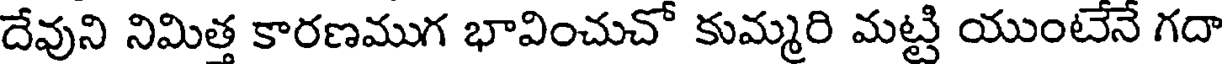
దేవుని నిమిత్త కారణముగ భావించుచో కుమ్మరి మట్టి యుంటేనే గదా